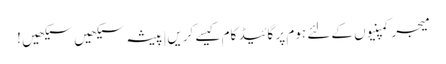
میجر کمپنیوں کے لئے ہوم پر گائیڈ کام کیسے کریں|پیشہ سیکھیں سیکھیں !